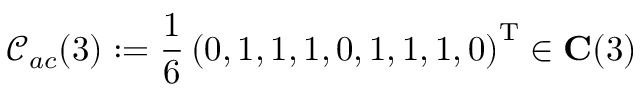
\mathcal { C } _ { a c } ( 3 ) : = \frac { 1 } { 6 } \left( 0 , 1 , 1 , 1 , 0 , 1 , 1 , 1 , 0 \right) ^ { \mathrm { T } } \in \mathbf { C } ( 3 )